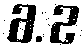
6.2